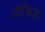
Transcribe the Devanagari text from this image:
मौजिजे